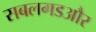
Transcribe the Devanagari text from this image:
सबलगडऔर